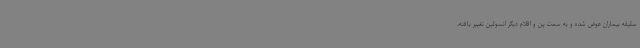
سلیقه بیماران عوض شده و به سمت پن و اقلام دیگر انسولین تغییر یافته،